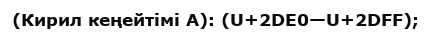
(Кирил кеңейтімі A): (U+2DE0—U+2DFF);